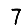
Digit: 7